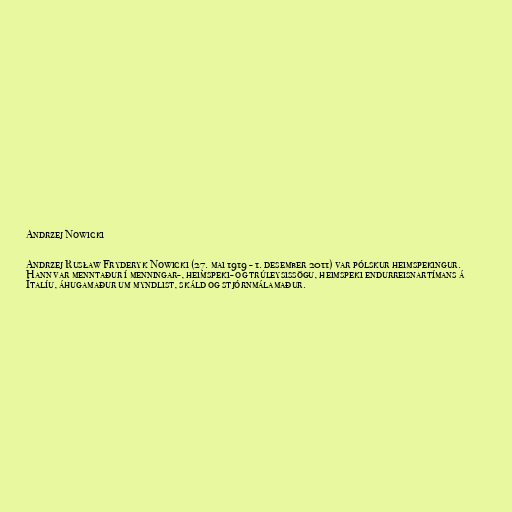
Andrzej Nowicki

Andrzej Rusław Fryderyk Nowicki (27. mai 1919 - 1. desember 2011) var pólskur heimspekingur.
Hann var menntaður í menningar-, heimspeki- og trúleysissögu, heimspeki endurreisnartímans á
Ítalíu, áhugamaður um myndlist, skáld og stjórnmálamaður.